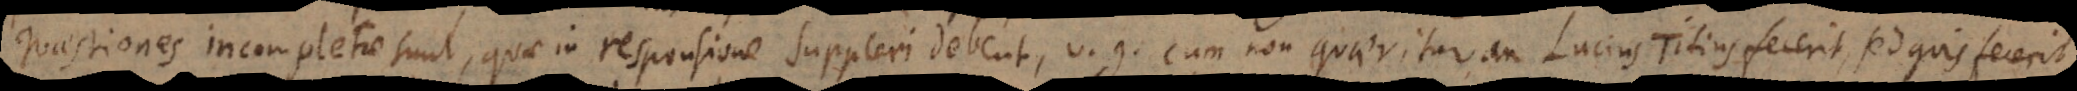
Quaestiones incompletae sunt, quae in responsione suppleri debent, v.g. cum non quaeritur an Lucius Titius fecerit, sed quis fecerit.